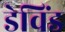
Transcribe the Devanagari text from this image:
डेविंड